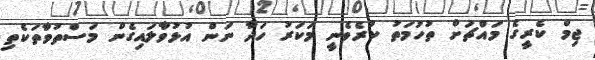
ޖިމް ކެރީގެ މައްޗަށް ތުހުމަތު ކުރެވެނީ މަކަރު ހަދާ ނަން އުޅުވާލައިގެން މަސްތުވާތަކެތި